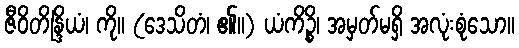
ဇီဝိတိန္ဒြိယံ၊ ကို။ (ဒေသိတံ၊ ၏။) ယံကိဉ္စိ၊ အမှတ်မရှိ အလုံးစုံသော။